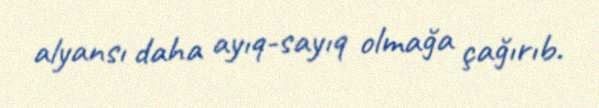
alyansı daha ayıq-sayıq olmağa çağırıb.